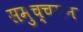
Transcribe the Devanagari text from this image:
समुच्चयन